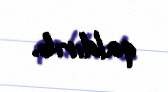
qaldırıb.